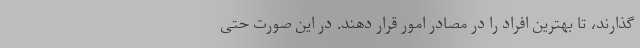
گذارند، تا بهترین افراد را در مصادر امور قرار دهند. در این صورت حتی